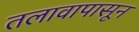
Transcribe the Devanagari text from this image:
तलावापासून